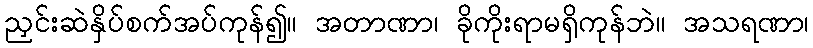
ညှင်းဆဲနှိပ်စက်အပ်ကုန်၍။ အတာဏာ၊ ခိုကိုးရာမရှိကုန်ဘဲ။ အသရဏာ၊